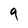
Character: 9